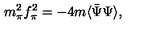
m _ { \pi } ^ { 2 } f _ { \pi } ^ { 2 } = - 4 m \langle \bar { \Psi } \Psi \rangle ,